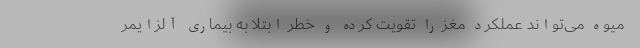
میوه می‌تواند عملکرد مغز را تقویت کرده و خطر ابتلا به بیماری آلزایمر